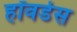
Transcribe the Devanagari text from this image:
हॉवर्डस